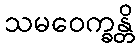
သမဝေက္ခန္တိ